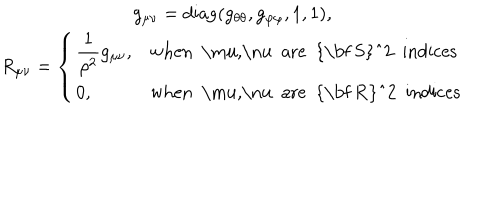
\begin{array} { c } { { g _ { \mu \nu } = \mathrm { d i a g } ( g _ { \theta \theta } , g _ { \varphi \varphi } , 1 , 1 ) , } } \\ { { R _ { \mu \nu } = \left\{ \begin{array} { l l } { { \displaystyle { \frac { 1 } { \rho ^ { 2 } } } g _ { \mu \nu } , } } & { { \mathrm { w h e n ~ \ m u , \ n u ~ a r e ~ { \bf ~ S } ^ { 2 } ~ i n d i c e s } } } \\ { { 0 , } } & { { \mathrm { w h e n ~ \ m u , \ n u ~ a r e ~ { \bf ~ R } ^ { 2 } ~ i n d i c e s } } } \\ \end{array} \right. } } \\ \end{array}